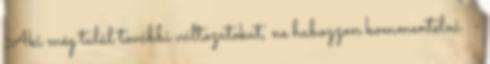
Aki még talál további változatokat, ne habozzon kommentelni :-